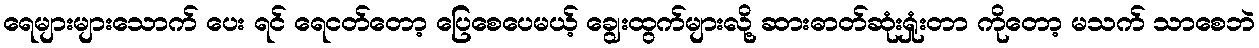
ရေများများသောက် ပေး ရင် ရေငတ်တော့ ပြေစေပေမယ့် ချွေးထွက်များလို့ ဆားဓာတ်ဆုံးရှုံးတာ ကိုတော့ မသက် သာစေဘဲ